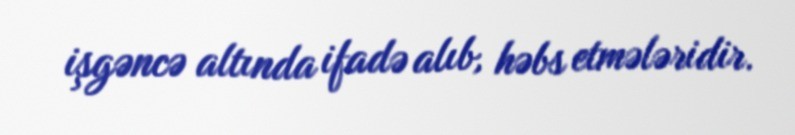
işgəncə altında ifadə alıb, həbs etmələridir.